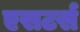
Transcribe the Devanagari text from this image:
एसटर्स